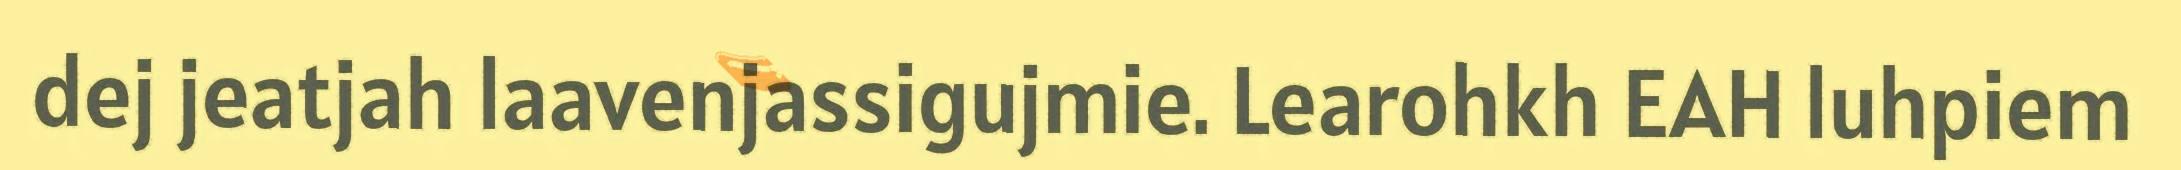
dej jeatjah laavenjassigujmie. Learohkh EAH luhpiem